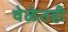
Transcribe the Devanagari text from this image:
वेळेतही